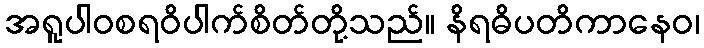
အရူပါဝစရဝိပါက်စိတ်တို့သည်။ နိရဓိပတိကာနေဝ၊